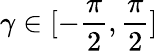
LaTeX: \gamma\in[-\frac{\pi}{2},\frac{\pi}{2}]